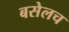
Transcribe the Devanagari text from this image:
बसेलच